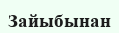
Зайыбынан